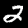
Label: 2